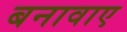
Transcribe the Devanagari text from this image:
बनावाए